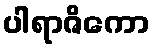
ပါရာဇိကော